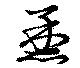
烝